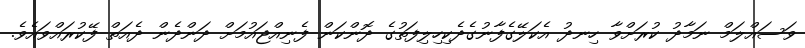
ވަސައްލަމް ނަމާދު ކުރަށްވާ ހިނދު އެކަލޭގެފާނުގެދެކިހިލިފަތުގެ ދޮންކަން ފެނިއްޖައުމަށް ދަންދެން ދެއަތް ފޭކުރައްވައެވެ.